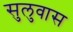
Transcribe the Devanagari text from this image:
सुलुवास